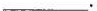
___.